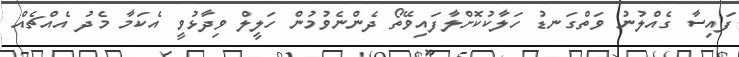
ފައިސާ ގެއްލުނު ވަތްގަނޑު ހަލާކުކޮށްލާފައިވޭތޯ ދެންނެވުމުން ހަލީލް ވިދާޅުވީ އެކަމާ މެދު އެއްޗެއް